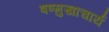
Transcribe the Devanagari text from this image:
षण्मुखाचार्य